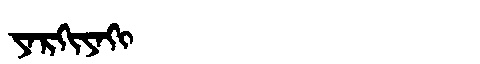
Manchu: ᠶᠠᡵᡴᡳᠶᠠᡴᡳ
Romanization: YARKIYAKI